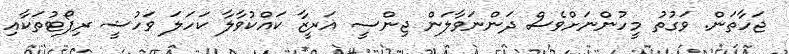
ޖަހާތަން. ވަގުތު މީހުންނަށްވެސް ދަންނަވާލަން ޖިންސީ ޣަރީޒާ ކައްކުވާލާ ކަހަލަ ވަހުޝީ ރިޕޯޓުތަކާއި